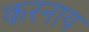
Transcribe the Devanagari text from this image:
करनाय